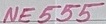
Text: NE555